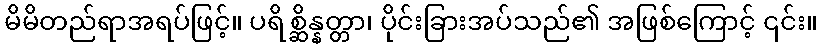
မိမိတည်ရာအရပ်ဖြင့်။ ပရိစ္ဆိန္နတ္တာ၊ ပိုင်းခြားအပ်သည်၏ အဖြစ်ကြောင့် ၎င်း။